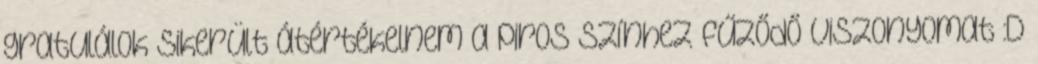
gratulálok Sikerült átértékelnem a piros színhez fűződő viszonyomat :D